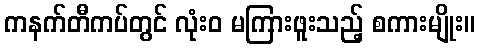
ကနက်တီကပ်တွင် လုံးဝ မကြားဖူးသည့် စကားမျိုး။